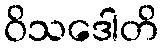
ဝိသဒေါတိ